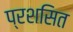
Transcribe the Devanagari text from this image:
प्रशसित